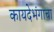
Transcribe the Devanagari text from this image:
कायदेभंगाचा